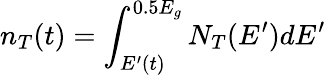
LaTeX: n_{T}(t)=\int_{E^{\prime}(t)}^{0.5E_{g}}N_{T}(E^{\prime})dE^{\prime}